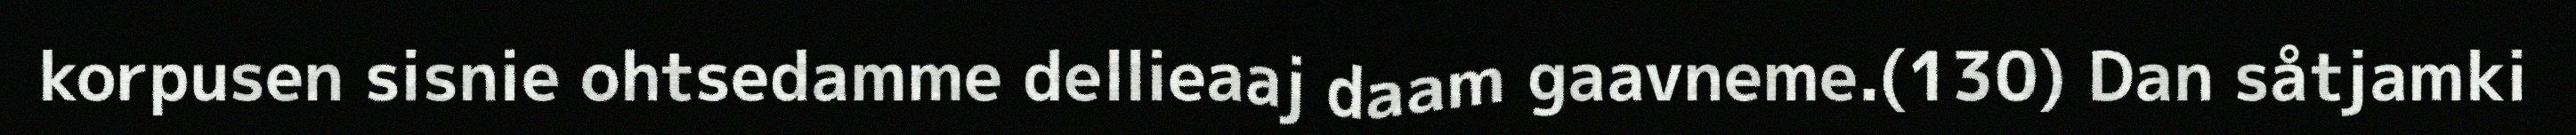
korpusen sisnie ohtsedamme dellieaaj daam gaavneme.(130) Dan såtjamki